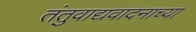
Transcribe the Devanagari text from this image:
तंतुवाद्यवादनाच्या